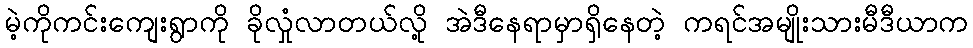
မဲ့ကိုကင်းကျေးရွာကို ခိုလှုံလာတယ်လို့ အဲဒီနေရာမှာရှိနေတဲ့ ကရင်အမျိုးသားမီဒီယာက